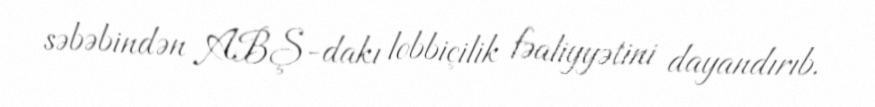
səbəbindən ABŞ-dakı lobbiçilik fəaliyyətini dayandırıb.